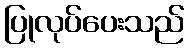
ပြုလုပ်ပေးသည်